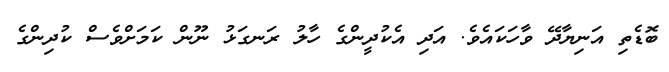
ބޮޑެތި އަނިޔާދޭ ވާހަކައެވެ. އަދި އެކުދީންގެ ހާލު ރަނގަޅު ނޫން ކަމަށްވެސް ކުދިންގެ